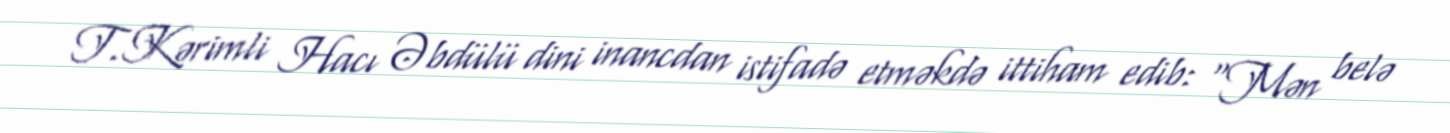
T.Kərimli Hacı Əbdülü dini inancdan istifadə etməkdə ittiham edib: “Mən belə